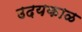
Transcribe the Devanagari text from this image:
उदयकाळ